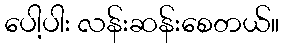
ပေါ့ပါး လန်းဆန်းစေတယ်။